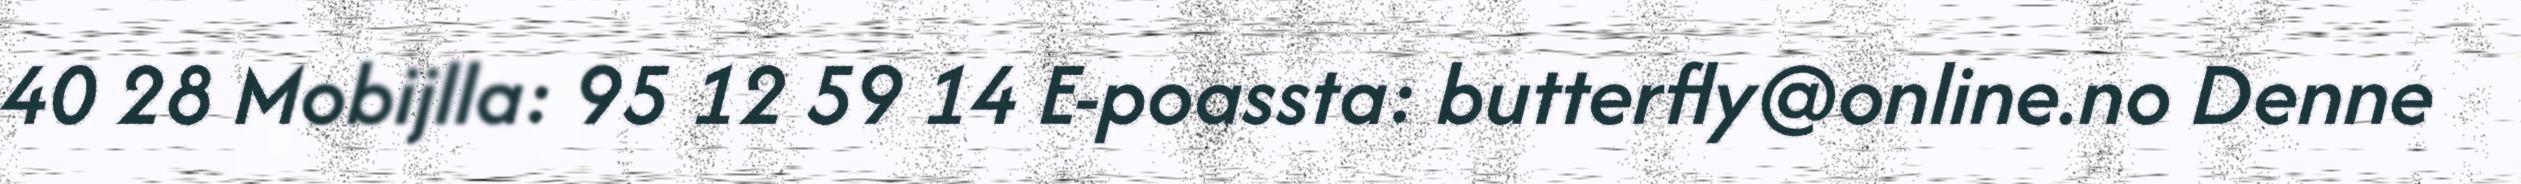
40 28 Mobijlla: 95 12 59 14 E-poassta: butterfly@online.no Denne